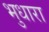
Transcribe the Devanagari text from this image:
भुधारा